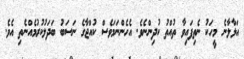
އަޅާލާނެ މީހަކު ނެތިފައިވާ ތުއްތު ކުދިންނެވެ. އެހެންނަމަވެސް ކުއްޖާގެ ނަސަބު ބަދަލުކުރުމެއްނެތި އެވެ.